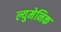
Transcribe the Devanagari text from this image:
ल्युमेनिक